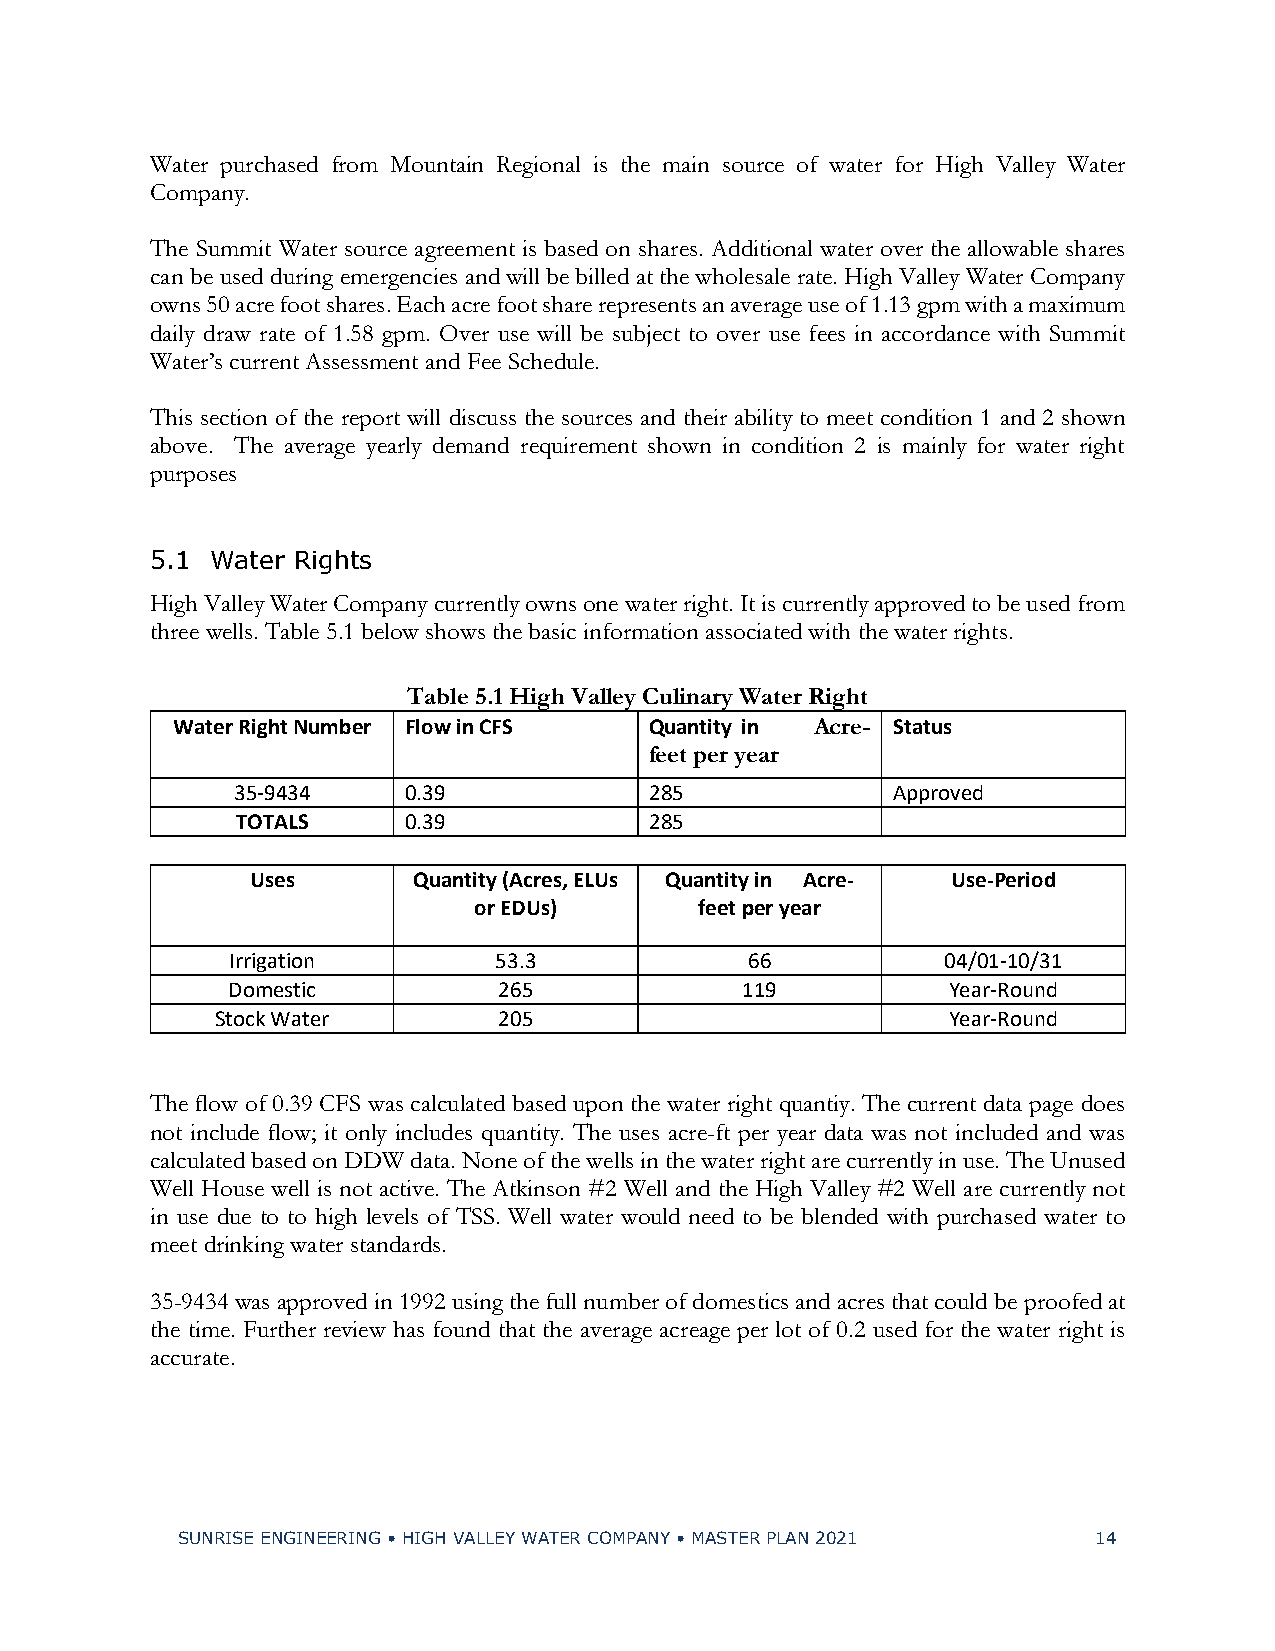
Water purchased from Mountain Regional is the main source of water for High Valley Water
 Company.
 The Summit Water source agreement is based on shares. Additional water over the allowable shares
 can be used during emergencies and will be billed at the wholesale rate. High Valley Water Company
 owns 50 acre foot shares. Each acre foot share represents an average use of 1.13 gpm with a maximum
 daily draw rate of 1.58 gpm. Over use will be subject to over use fees in accordance with Summit
 Water’s current Assessment and Fee Schedule.
 This section of the report will discuss the sources and their ability to meet condition 1 and 2 shown
 above. The average yearly demand requirement shown in condition 2 is mainly for water right
 purposes
 5.1 Water Rights
 High Valley Water Company currently owns one water right. It is currently approved to be used from
 three wells. Table 5.1 below shows the basic information associated with the water rights.
 Table 5.1 High Valley Culinary Water Right
 Water Right Number Flow in CFS  Quantity in Acre- Status
 feet per year
 35-9434     0.39            285             Approved
 TOTALS     0.39            285
 Uses      Quantity (Acres, ELUs Quantity in Acre- Use-Period
 or EDUs)       feet per year
 Irrigation        53.3             66           04/01-10/31
 Domestic          265             119           Year-Round
 Stock Water        205                           Year-Round
 The flow of 0.39 CFS was calculated based upon the water right quantiy. The current data page does
 not include flow; it only includes quantity. The uses acre-ft per year data was not included and was
 calculated based on DDW data. None of the wells in the water right are currently in use. The Unused
 Well House well is not active. The Atkinson #2 Well and the High Valley #2 Well are currently not
 in use due to to high levels of TSS. Well water would need to be blended with purchased water to
 meet drinking water standards.
 35-9434 was approved in 1992 using the full number of domestics and acres that could be proofed at
 the time. Further review has found that the average acreage per lot of 0.2 used for the water right is
 accurate.
 SUNRISE ENGINEERING • HIGH VALLEY WATER COMPANY • MASTER PLAN 2021 14